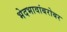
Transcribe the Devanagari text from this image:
भेदभावांबरोबर